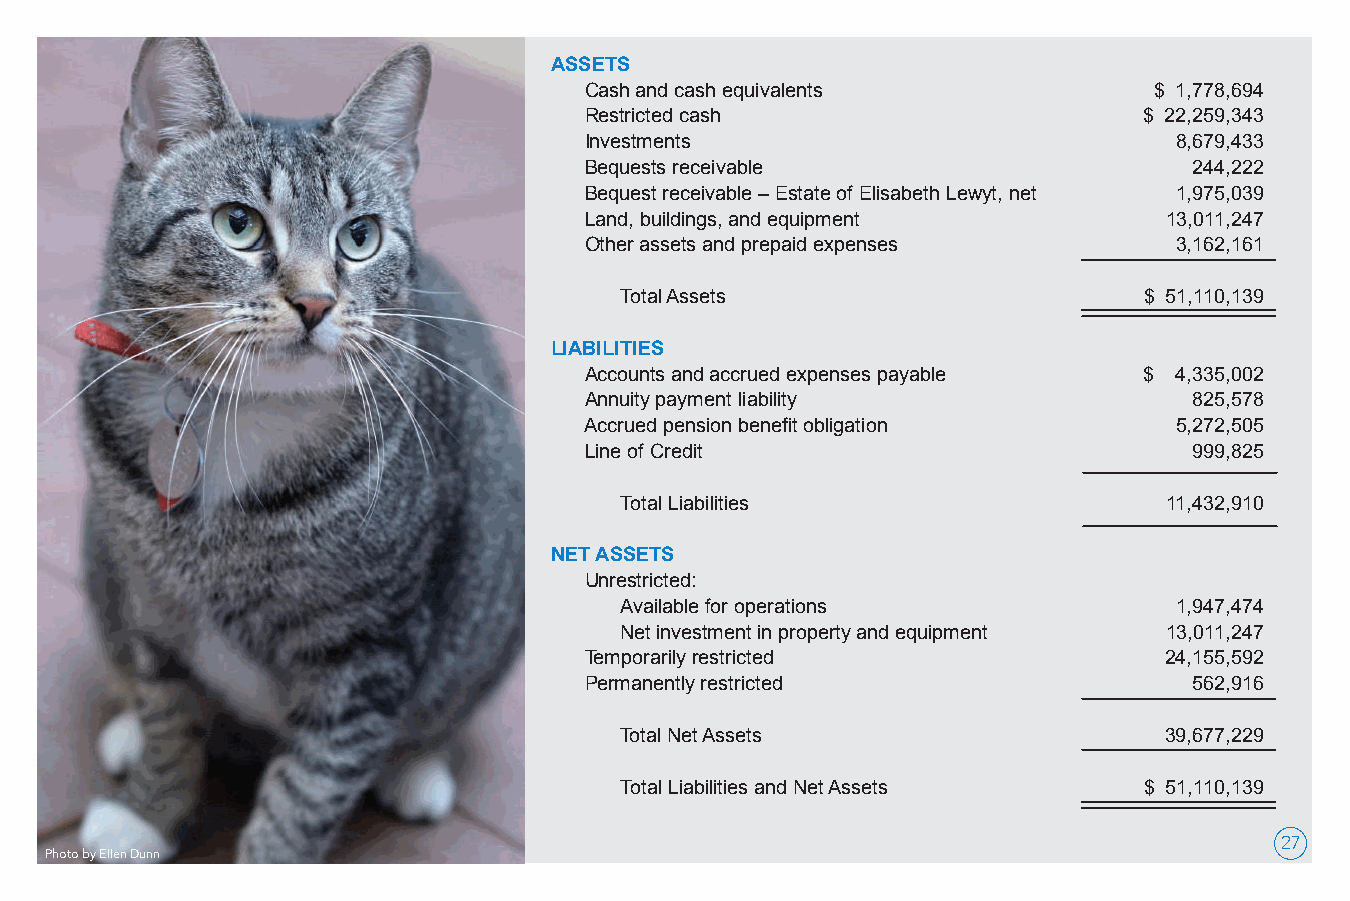
ASSETS
 Cash and cash equivalents            $ 1,778,694
 Restricted cash                      $ 22,259,343
 Investments                            8,679,433
 Bequests receivable                     244,222
 Bequest receivable – Estate of Elisabeth Lewyt, net 1,975,039
 Land, buildings, and equipment        13,011,247
 Other assets and prepaid expenses      3,162,161
 Total Assets                       $ 51,110,139
 LIABILITIES
 Accounts and accrued expenses payable $ 4,335,002
 Annuity payment liability               825,578
 Accrued pension benefit obligation     5,272,505
 Line of Credit                          999,825
 Total Liabilities                   11,432,910
 NET ASSETS
 Unrestricted:
 Available for operations             1,947,474
 Net investment in property and equipment 13,011,247
 Temporarily restricted                24,155,592
 Permanently restricted                  562,916
 Total Net Assets                    39,677,229
 Total Liabilities and Net Assets   $ 51,110,139
 27
 Photo by Ellen Dunn